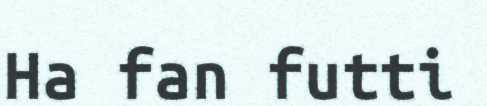
Ha fan futti